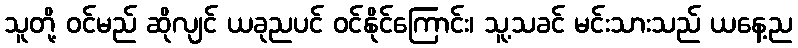
သူတို့ ဝင်မည် ဆိုလျင် ယခုညပင် ဝင်နိုင်ကြောင်း၊ သူ့သခင် မင်းသားသည် ယနေ့ည